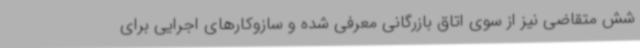
شش متقاضی نیز از سوی اتاق بازرگانی معرفی شده و سازوکارهای اجرایی برای